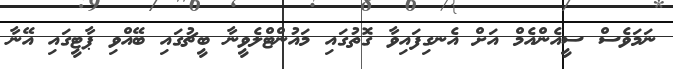
ނަމަވެސް ސީއެންއެމް އަށް އެނގިފައިވާ ގޮތުގައި މައުންޓްލެވީނާ ބީޗުގައި ބޭއްވި ޕާޓީގައި އޭނާ